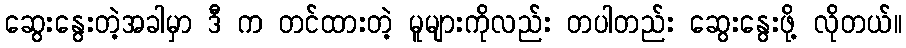
ဆွေးနွေးတဲ့အခါမှာ ဒီ က တင်ထားတဲ့ မူများကိုလည်း တပါတည်း ဆွေးနွေးဖို့ လိုတယ်။